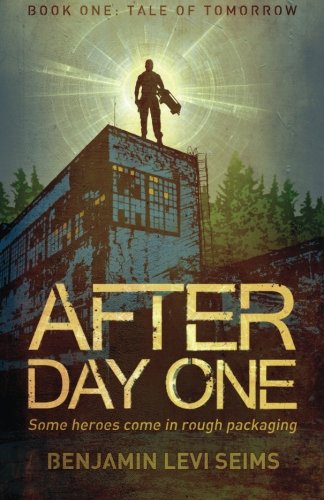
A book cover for After Day One (Tale of Tomorrow) (Volume 1); Benjamin Levi Seims; Science Fiction & Fantasy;